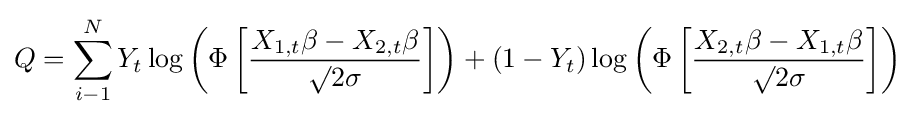
Q=\sum _{i-1}^{N}Y_{t}\log \left(\Phi \left[{\frac {X_{1,t}\beta -X_{2,t}\beta }{\surd 2\sigma }}\right]\right)+(1-Y_{t})\log \left(\Phi \left[{\frac {X_{2,t}\beta -X_{1,t}\beta }{\surd 2\sigma }}\right]\right)